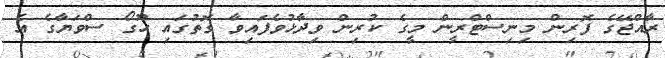
ރާއްޖޭގެ ފޮރިން މިނިސްޓްރީން މީގެ ކުރިން ވިދާޅުވެފައިވާ ގޮތުގައި ހޫގޯ ސްވަޔާގެ އެ